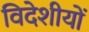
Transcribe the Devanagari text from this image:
विदेशीयों